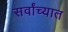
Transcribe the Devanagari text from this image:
सर्वांच्यात